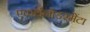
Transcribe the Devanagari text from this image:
एकाईनोडरमेंटा